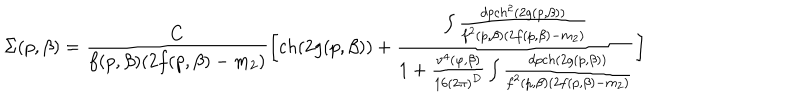
\Sigma ( p , \beta ) = { \frac { C } { f ( p , \beta ) ( 2 f ( p , \beta ) - m _ { 2 } ) } } \biggl [ c h ( 2 g ( p , \beta ) ) + { \frac { \int { \frac { d p c h ^ { 2 } ( 2 g ( p , \beta ) ) } { f ^ { 2 } ( p , \beta ) ( 2 f ( p , \beta ) - m _ { 2 } ) } } } { 1 + { \frac { \nu ^ { 4 } ( \varphi , \beta ) } { 1 6 ( 2 \pi ) ^ { D } } } \int { \frac { d p c h ( 2 g ( p , \beta ) ) } { f ^ { 2 } ( p , \beta ) ( 2 f ( p , \beta ) - m _ { 2 } ) } } } } \biggr ]